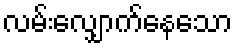
လမ်းလျှောက်နေသော